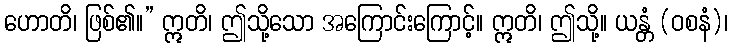
ဟောတိ၊ ဖြစ်၏။” ဣတိ၊ ဤသို့သော အကြောင်းကြောင့်။ ဣတိ၊ ဤသို့။ ယန္တံ (ဝစနံ)၊